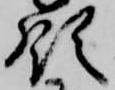
領